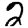
Digit: 2